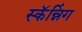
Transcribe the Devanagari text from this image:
स्कॅन्निंग